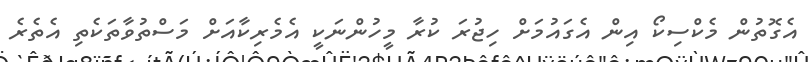
އެގޮތުން މެކްސިކޯ އިން އެގައުމަށް ހިޖުރަ ކުރާ މީހުންނަކީ އެމެރިކާއަށް މަސްތުވާތަކެތި އެތެރެ